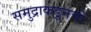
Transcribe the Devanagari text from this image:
समुद्राकडूनची